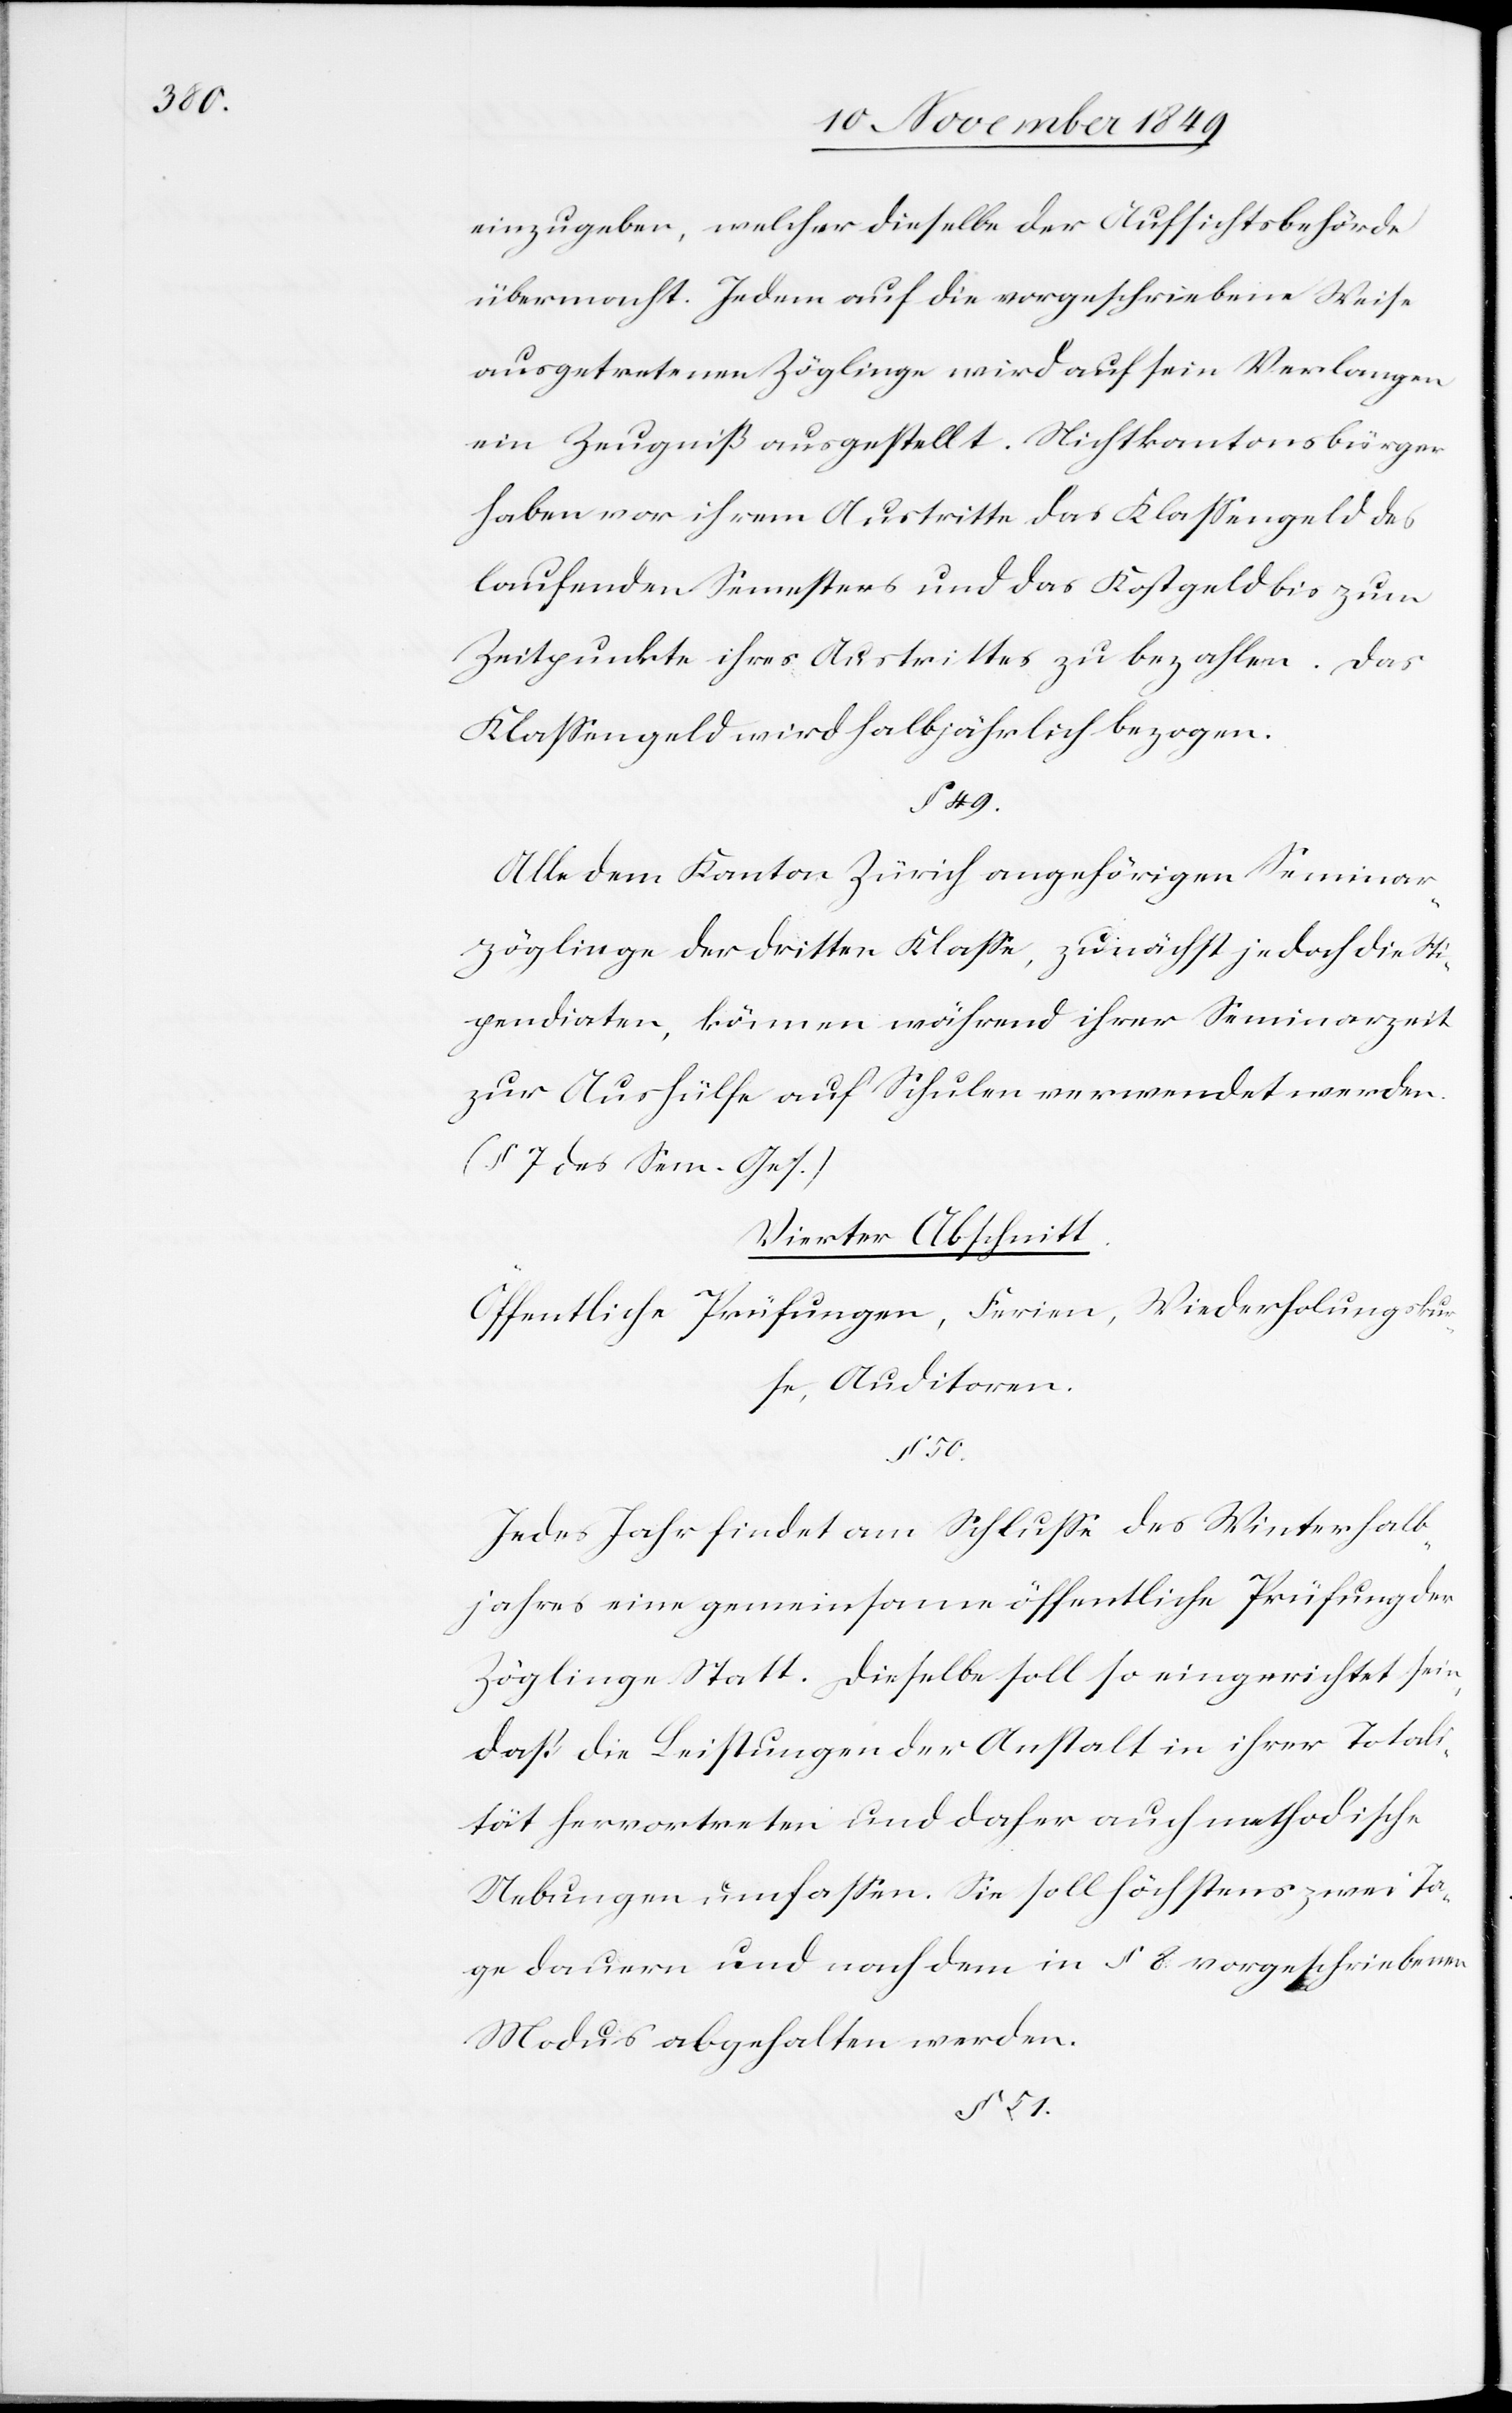
einzugeben, welcher dieselbe der Aufsichtsbehörde
übermacht. Jedem auf die vorgeschriebene Weise
ausgetretenen Zöglinge wird auf sein Verlangen
ein Zeugniß ausgestellt. Nichtkantonsbürgern
haben vor ihrem Austritte das Klaßengeld des
laufenden Semesters und das Kostgeld bis zum
Zeitpunkte ihres Austrittes zu bezahlen. Das
Klaßengeld wird halbjährlich bezogen.
§ 49.
Alle dem Kanton Zürich angehörigen Seminar¬
zöglinge der dritten Klaße, zunächst jedoch die Sti¬
pendiaten, können während ihrer Seminarzeit
zur Aushülfe auf Schulen verwendet werden.
(§ 7 des Sem. Ges.)
Vierter Abschnitt.
Öffentliche Prüfungen, Ferien, Wiederholungskur¬
se, Auditoren.
§ 50.
Jedes Jahr findet am Schluße des Winterhalb¬
jahres eine gemeinsame öffentliche Prüfung der
Zöglinge Statt. Dieselbe soll so eingerichtet sein,
daß die Leistungen der Anstalt in ihrer Totali¬
tät hervortreten und daher auch methodische
Uebungen umfaßen. Sie soll höchstens zwei Ta¬
ge dauern und nach dem in § 8 vorgeschriebenen
Modus abgehalten werden.
§ 51.